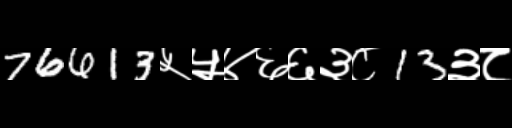
Text: 76613५५४६६३८13३८